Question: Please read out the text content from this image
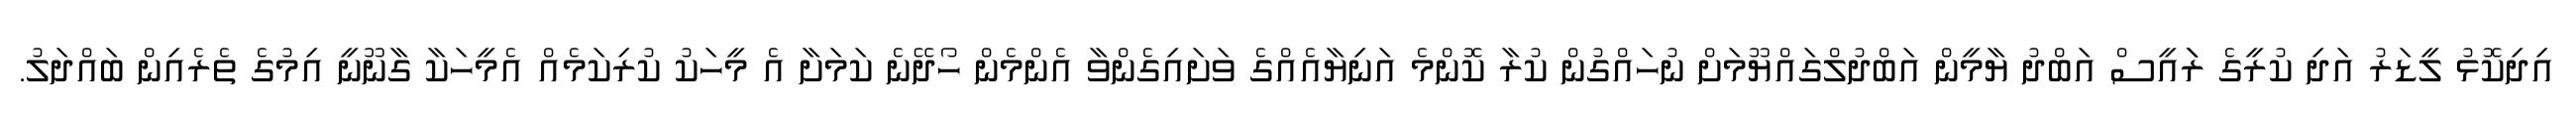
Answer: އިދިކޮޅު ލީޑަރު އަދި ކުރީގެ ރަައީސް އަބްދު ޔާމީން އަބްދުލްގައްޔޫމަށް ނުހައްގުން ކުރާ ކޮންމެ އަނިޔާއެއްގެ ވަށައިގެންވާ އެންމެން ހޯދޭނެ ކަމަށާ އެ މީހަކު ކުރިކަމެއް އެމީހަކާ ގާނޫނީ އިމުގެ ތެރެއިން ބައްދަލު.